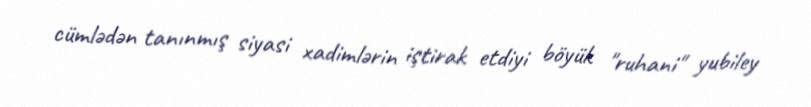
cümlədən tanınmış siyasi xadimlərin iştirak etdiyi böyük "ruhani" yubiley